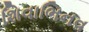
શિવાભિનવ